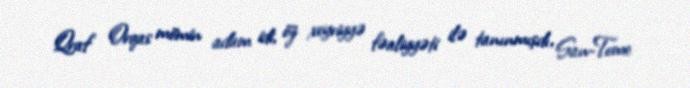
Qraf Orqas mömin adam idi, öz xeyriyyə fəaliyyəti ilə tanınmışdı, San-Tome